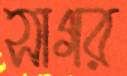
সাগর